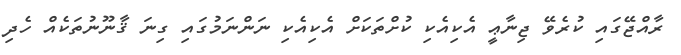
ރާއްޖޭގައި ކުރެވޭ ޖިނާޢީ އެކިއެކި ކުށްތަކަށް އެކިއެކި ނަންނަމުގައި ގިނަ ޤާނޫނުތަކެއް ހެދި